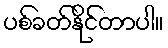
ပစ်ခတ်နိုင်တာပါ။